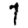
Digit: 7